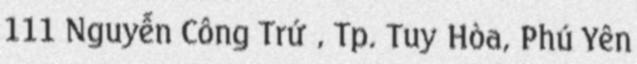
111 Nguyễn Công Trứ , Tp. Tuy Hòa, Phú Yên